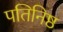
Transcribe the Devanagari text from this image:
पतिनिष्ठ